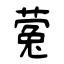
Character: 蒬